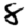
Digit: 8